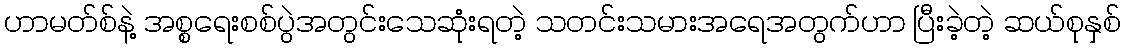
ဟာမတ်စ်နဲ့ အစ္စရေးစစ်ပွဲအတွင်းသေဆုံးရတဲ့ သတင်းသမားအရေအတွက်ဟာ ပြီးခဲ့တဲ့ ဆယ်စုနှစ်